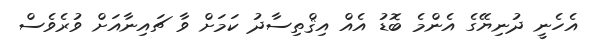
އެހެނީ ދުނިޔޭގެ އެންމެ ބޮޑު އެއް އިޤްތިސާދު ކަމަށް ވާ ޗައިނާއަށް ވުރެވެސް